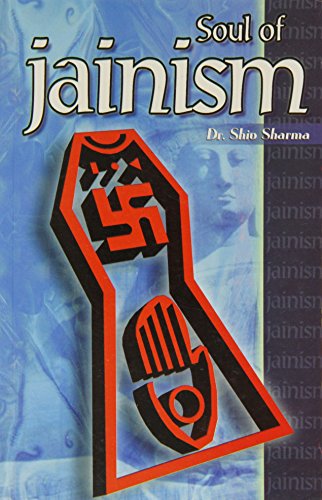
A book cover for Soul of Jainism: Philosophy and Teaching of Jain Religion.; Dr. Shiv. Sharma; Religion & Spirituality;